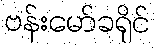
ဗန်းမော်ခရိုင်